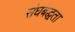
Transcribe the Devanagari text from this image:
संघबद्धता